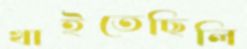
খাইতেছিলি